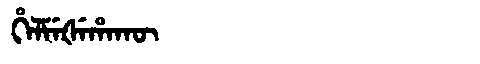
Manchu: ᡥᡝᠯᠮᡝᡧᡝᡥᠠᡴᡡ
Romanization: HELMEŠEHAKŪ